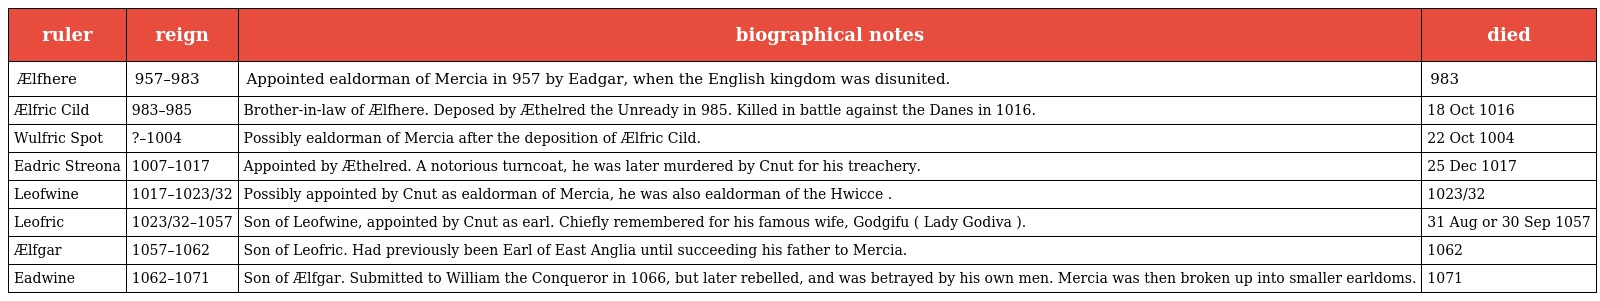
| ruler | reign | biographical notes | died |
 | --- | --- | --- | --- |
 | Ælfhere | 957–983 | Appointed ealdorman of Mercia in 957 by Eadgar, when the English kingdom was disunited. | 983 |
 | Ælfric Cild | 983–985 | Brother-in-law of Ælfhere. Deposed by Æthelred the Unready in 985. Killed in battle against the Danes in 1016. | 18 Oct 1016 |
 | Wulfric Spot | ?–1004 | Possibly ealdorman of Mercia after the deposition of Ælfric Cild. | 22 Oct 1004 |
 | Eadric Streona | 1007–1017 | Appointed by Æthelred. A notorious turncoat, he was later murdered by Cnut for his treachery. | 25 Dec 1017 |
 | Leofwine | 1017–1023/32 | Possibly appointed by Cnut as ealdorman of Mercia, he was also ealdorman of the Hwicce . | 1023/32 |
 | Leofric | 1023/32–1057 | Son of Leofwine, appointed by Cnut as earl. Chiefly remembered for his famous wife, Godgifu ( Lady Godiva ). | 31 Aug or 30 Sep 1057 |
 | Ælfgar | 1057–1062 | Son of Leofric. Had previously been Earl of East Anglia until succeeding his father to Mercia. | 1062 |
 | Eadwine | 1062–1071 | Son of Ælfgar. Submitted to William the Conqueror in 1066, but later rebelled, and was betrayed by his own men. Mercia was then broken up into smaller earldoms. | 1071 |